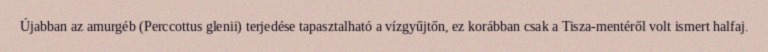
Újabban az amurgéb (Perccottus glenii) terjedése tapasztalható a vízgyűjtőn, ez korábban csak a Tisza-mentéről volt ismert halfaj.